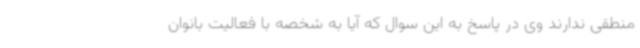
منطقی ندارند وی در پاسخ به این سوال که آیا به شخصه با فعالیت بانوان